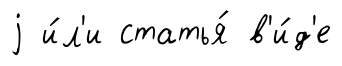
j и́л'и статья́ в'и́д'е